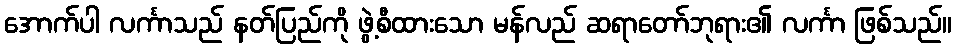
အောက်ပါ လင်္ကာသည် နတ်ပြည်ကို ဖွဲ့စီထားသော မန်လည် ဆရာတော်ဘုရား၏ လင်္ကာ ဖြစ်သည်။